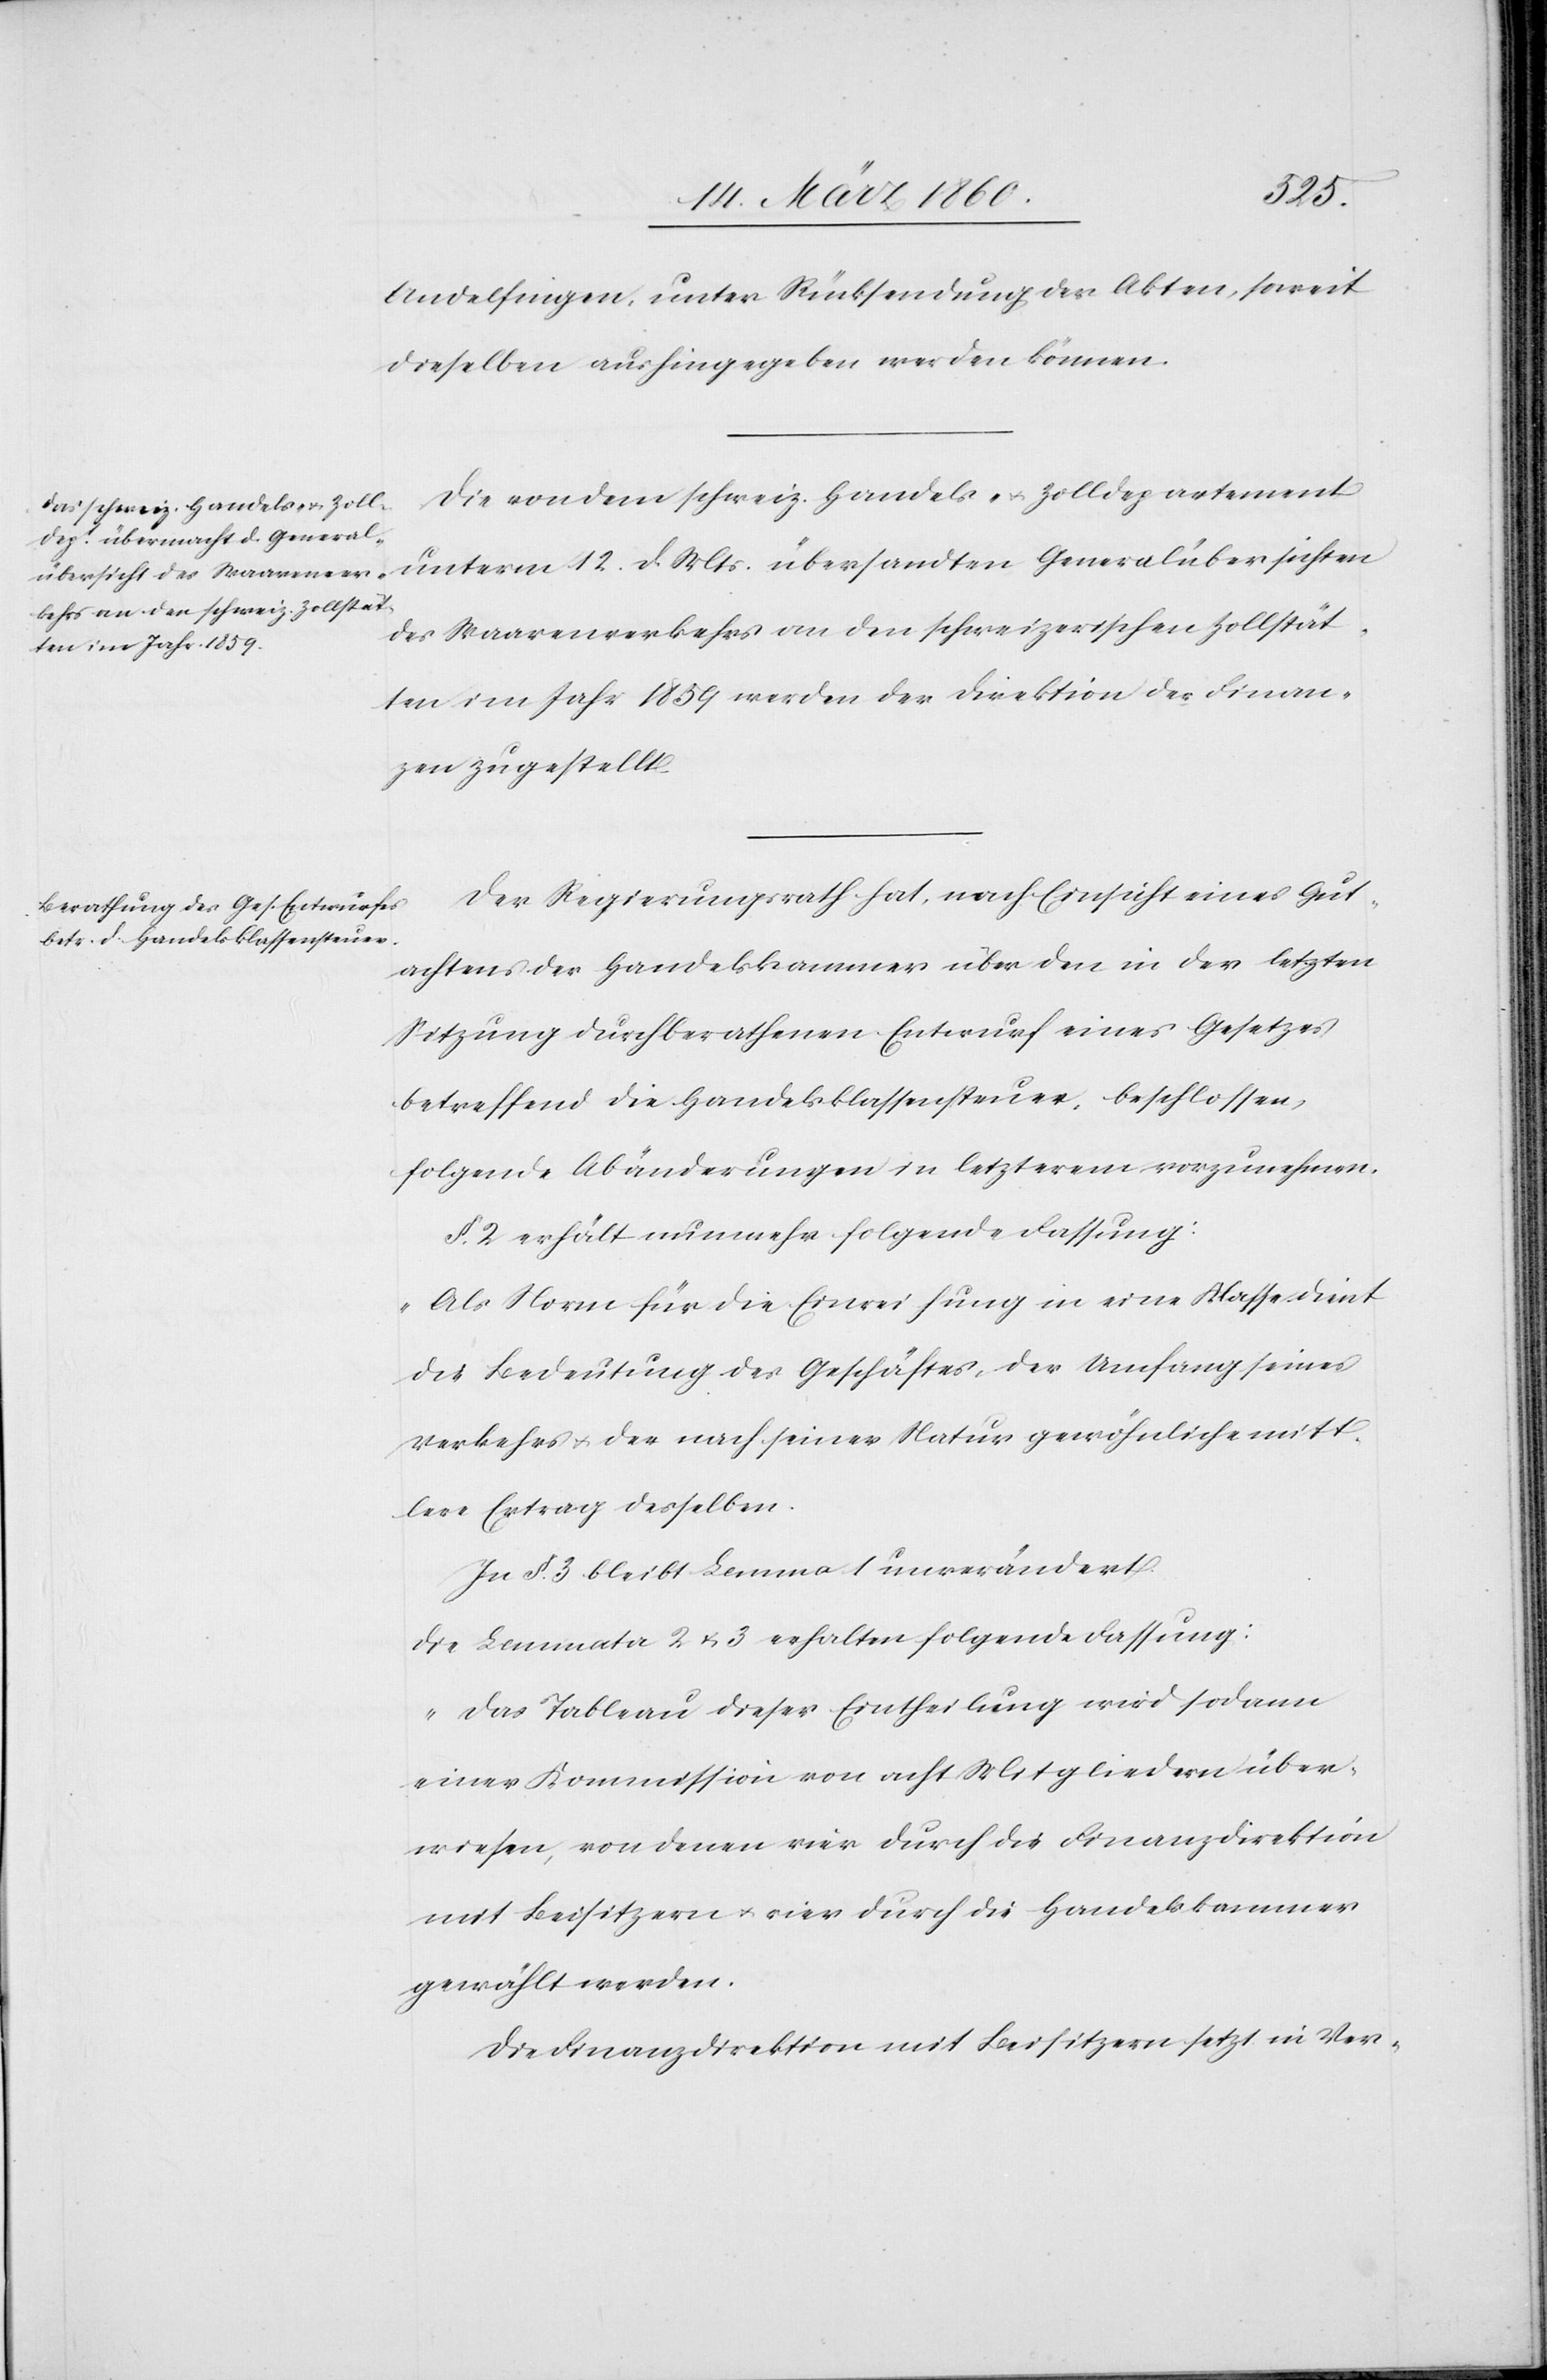
Andelfingen, unter Rücksendung der Akten, soweit
dieselben aushingegeben werden können.
Die von dem schweiz. Handels- u. Zolldepartement
unterm 12. d. Mts. übersandten Generalübersichten
des Waarenverkehrs an den schweizerischen Zollstät¬
ten im Jahr 1859 werden der Direktion der Finan¬
zen zugestellt.
Der Regierungsrath hat, nach Einsicht eines Gut¬
achtens der Handelskammer über den in der letzten
Sitzung durchberathenen Entwurf eines Gesetzes
betreffend die Handelsklassensteuer, beschlossen,
folgende Abänderungen in letzterm vorzunehmen.
§. 2. erhält nunmehr folgende Fassung:
„Als Norm für die Einreichung in eine Klasse dient
die Bedeutung des Geschäftes, der Umfang seines
Verkehrs u. der nach seiner Natur gewöhnliche mitt¬
lere Ertrag desselben.[“]
In §. 3. bleibt Lemma 1 unverändert.
Die Lemmata 2 u. 3 erhalten folgende Fassung:
„Das Tableau dieser Eintheilung wird sodann
einer Kommission von acht Mitgliedern über¬
wiesen, von denen vier durch die Finanzdirektion
mit Beisitzern u. vier durch die Handelskammer
gewählt werden.
Die Finanzdirektion mit Beisitzern setzt in Ver-